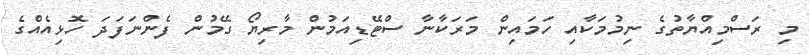
މި ރަސްމިއްޔާތުގެ ނިމުމަކާއި ހަމައިން މަރަކާނާ ސްޓޭޑިއަމުން މާރިޔޯ ގޭމުން ފެންނަފަދަ ހޮޅިއެއްގެ